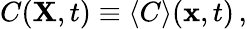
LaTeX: C({\mathbf{X}},t)\equiv\langle C\rangle({\mathbf{x}},t)\, ,